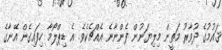
ޤައުމުގެ ދުވާރު މަތީން މިލިޔަނުން ފެންނާނެ އެއްޗެކެވެ. އެ ޑިޕްލޯމާ ހިފައިގެން އޭނާގެ